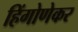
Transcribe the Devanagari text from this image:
हिंगोणेकर